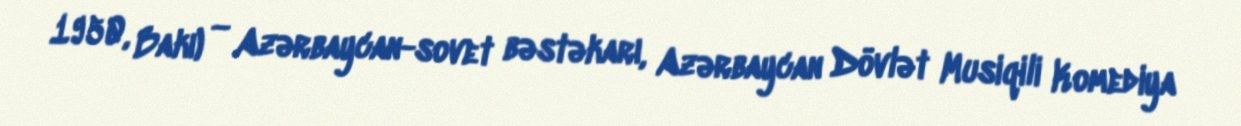
1950, Bakı) — Azərbaycan-sovet bəstəkarı, Azərbaycan Dövlət Musiqili Komediya